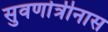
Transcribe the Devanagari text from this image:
सुवर्णात्रीनास